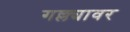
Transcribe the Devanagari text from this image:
गल्ल्यावर